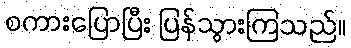
စကားပြောပြီး ပြန်သွားကြသည်။